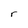
Character: r